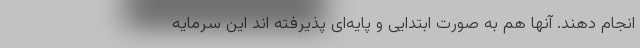
انجام دهند. آنها هم به صورت ابتدایی و پایه‌ای پذیرفته اند این سرمایه